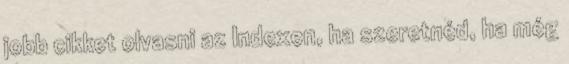
jobb cikket olvasni az Indexen, ha szeretnéd, ha még